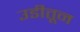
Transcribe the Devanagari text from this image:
उडीतून